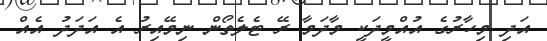
އަދި މިހާރުގެ އުއްމީދަކީ މާދަމާ ރޭ ޓެލެތޯން ނިމޭއިރު އެ އަދަދު އެއް